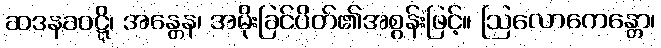
ဆဒနခဝဋ္ဋိ၊ အန္တေန၊ အမိုးခြင်ပိတ်၏အစွန်းဖြင့်။ ဩလောကေန္တော၊